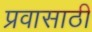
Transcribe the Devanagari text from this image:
प्रवासाठी